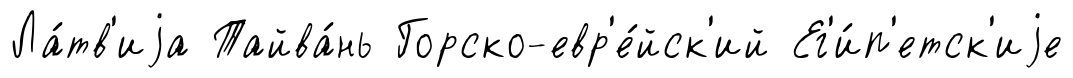
Ла́тв'иjа Тайва́нь Горско-евр'е́йск'ий Ег'и́п'етск'иjе